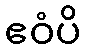
ဧဝံပိ